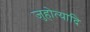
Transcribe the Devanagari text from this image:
जुहोत्यादि